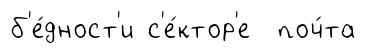
б'е́дност'и с'е́ктор'е поч́та